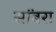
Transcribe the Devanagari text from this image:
सांंबरा